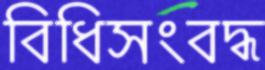
বিধিসংবদ্ধ